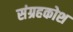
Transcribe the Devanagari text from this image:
संग्रहकोश